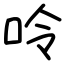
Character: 呤